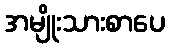
အမျိုးသားစာပေ